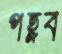
পহ্লব